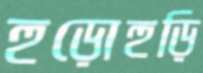
হুড়োহুড়ি